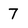
Character: 7